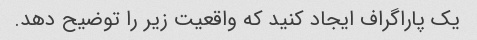
یک پاراگراف ایجاد کنید که واقعیت زیر را توضیح دهد.